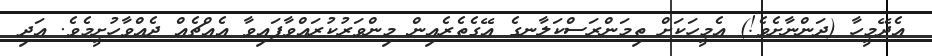
އެދޭމީހާ (ދަންނާށެވެ!) އެމީހަކަށް ތިމަންރަސްކަލާނގެ އޭގެތެރެއިން މިންވަރުކުރައްވާފައިވާ އެއްޗެއް ދެއްވާހުށީމެވެ. އަދި